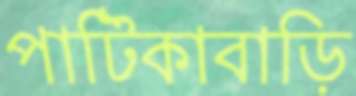
পাটিকাবাড়ি